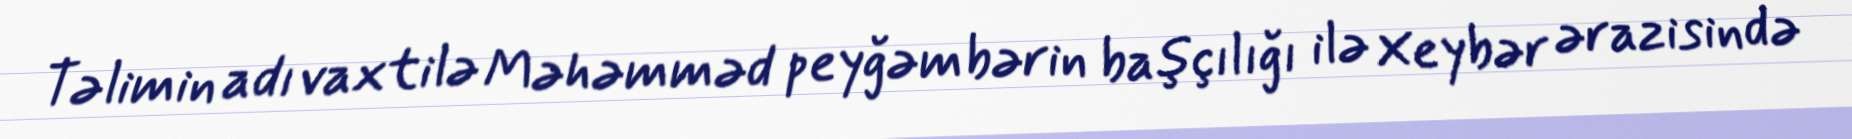
Təlimin adı vaxtilə Məhəmməd peyğəmbərin başçılığı ilə Xeybər ərazisində